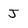
Character: J